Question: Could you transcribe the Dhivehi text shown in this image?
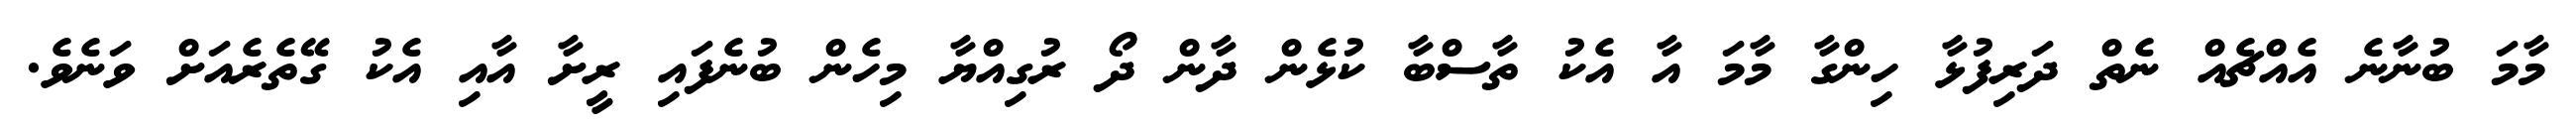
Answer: މާމަ ބުނާނެ އެއްޗެއް ނެތް ދަރިފުޅާ ހިންގާ މާމަ އާ އެކު ތާސްބާ ކުޅެން ދާން ދޯ ރުގިއްޔާ މިހެން ބުނެފައި ރީށާ އާއި އެކު ގޭތެރެއަށް ވަނެވެ.